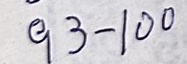
93 - 100